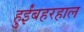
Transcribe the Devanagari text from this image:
हुईंबहरहाल